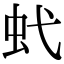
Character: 𧈺